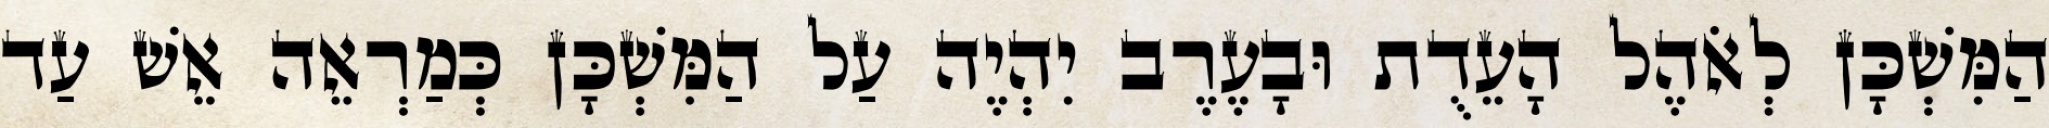
הַמִּשְׁכָּן לְאֹהֶל הָעֵדֻת וּבָעֶרֶב יִהְיֶה עַל הַמִּשְׁכָּן כְּמַרְאֵה אֵשׁ עַד